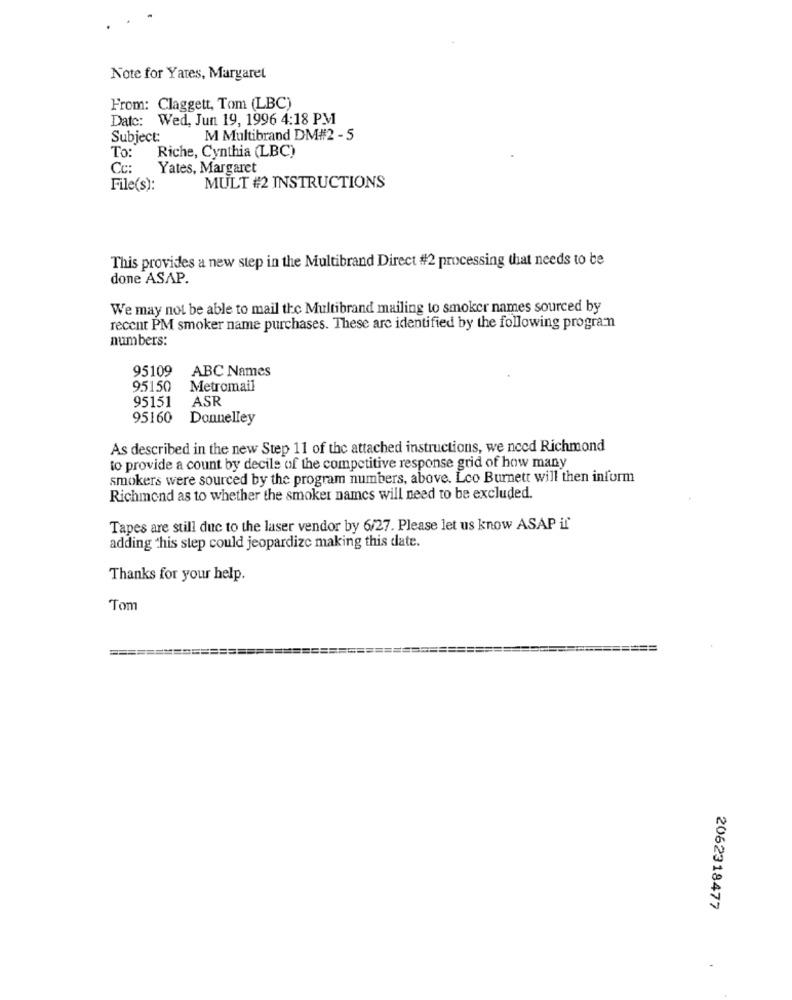
Note for Yates, Margaret
From: Claggett, Tom (LBC)
Date: Wed, Jun 19, 1996 4:18 PM
Subject:
M Multibrand DM#2 - 5
To:
Riche, Cynthia (LBC)
Cc:
Yates, Margaret
File(s):
MULT #2 INSTRUCTIONS
This provides a new step in the Multibrand Direct #2 processing that needs to be
done ASAP.
We may not be able to mail the Multibrand mailing to smoker names sourced by
recent PM smoker name purchases. These are identified by the following program
numbers:
95109
ABC Names
95150
Metromail
95151
ASR
95160
Donnelley
As described in the new Step 11 of the attached instructions, we need Richmond
to provide a count by decile of the competitive response grid of how many
smokers were sourced by the program numbers, above. Leo Burnett will then inform
Richmond as to whether the smoker names will need to be excluded.
Tapes are still duc to the laser vendor by 6/27. Please let us know ASAP if'
adding this step could jeopardize making this date.
Thanks for your help.
Tom
2062318477
-